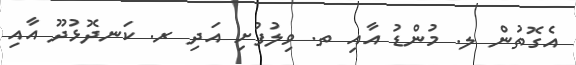
އެގޮތުން ލ. މުންޑު އާއި ތ. ވިލުފުށި އަދި ރ. ކަނދޮޅުދޫ އާއި